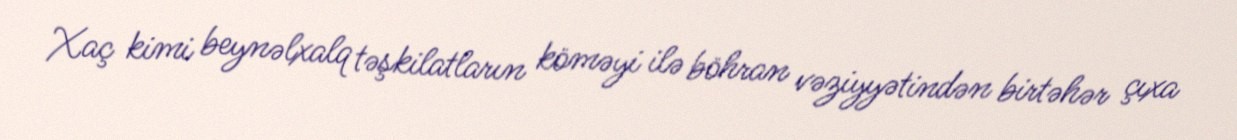
Xaç kimi beynəlxalq təşkilatların köməyi ilə böhran vəziyyətindən birtəhər çıxa